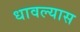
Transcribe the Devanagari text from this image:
धावल्यास